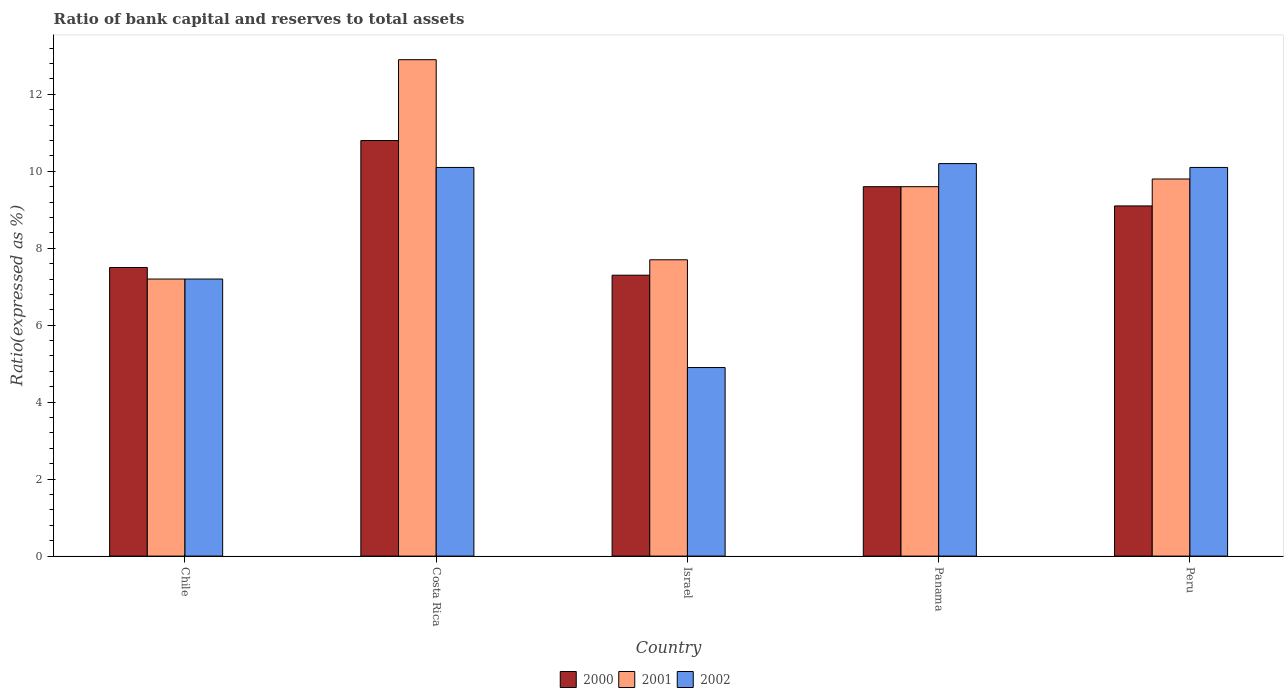
| Country | 2000 | 2001 | 2002 |
 | --- | --- | --- | --- |
 | Chile | 7.5 | 7.2 | 7.2 |
 | Costa Rica | 10.8 | 12.9 | 10.1 |
 | Israel | 7.3 | 7.7 | 4.9 |
 | Panama | 9.6 | 9.6 | 10.2 |
 | Peru | 9.1 | 9.8 | 10.1 |